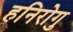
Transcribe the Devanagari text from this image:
हनिरोगु